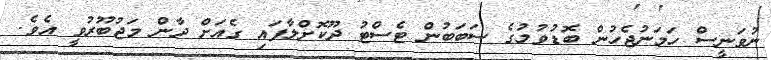
ނުވަނީސް ހަމަނުޖެހުން ބޮޑުވުމުގެ ސަބަބުން ޓެސްޓު ދޫކޮށްލާފައި ގެއަށް ދާން މަޖުބޫރުވީ އެވެ.